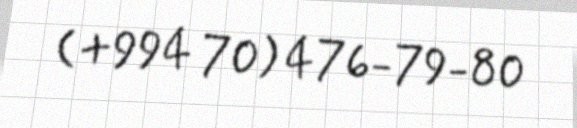
(+994 70) 476-79-80